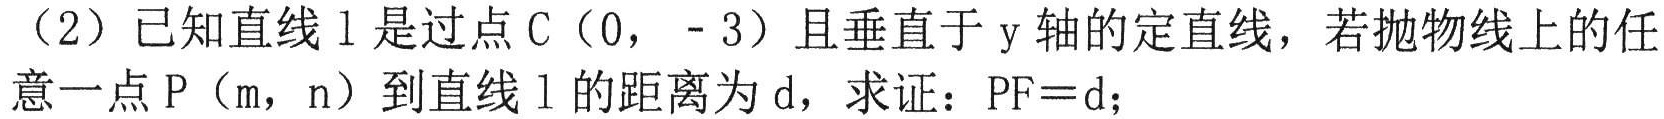
（2）已知直线$l$是过点$C(0,\ -3)$且垂直于$y$轴的定直线，若抛物线上的任意一点$P(m,\ n)$到直线$l$的距离为$d$，求证：$PF = d$；